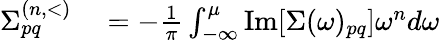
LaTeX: \begin{array}{rl}{\Sigma_{pq}^{(n,<)}}&{{}=-\frac{1}{\pi}\int_{-\infty}^{\mu}\mathrm{Im}[\Sigma(\omega)_{pq}]\omega^{n}d\omega}\end{array}